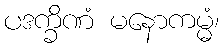
ပဒက္ခိဏံ မနောကမ္မံ၊